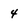
Character: 4